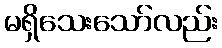
မရှိသေးသော်လည်း